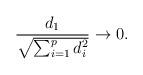
LaTeX: \begin{align*}\frac{d_1}{\sqrt{\sum_{i=1}^{p} d_i^2}} \rightarrow 0.\end{align*}